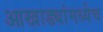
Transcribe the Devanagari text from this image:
आखाड्यांमध्येच